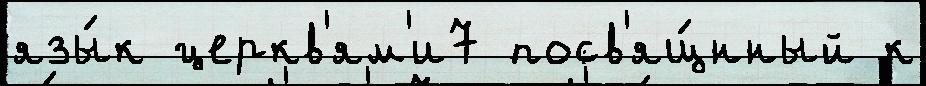
язы́к церкв'ям'и7 посв'ящ́нный к